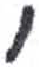
אות: י